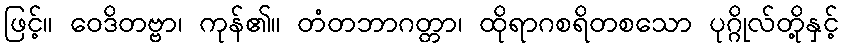
ဖြင့်။ ဝေဒိတဗ္ဗာ၊ ကုန်၏။ တံတဘာဂတ္တာ၊ ထိုရာဂစရိတစသော ပုဂ္ဂိုလ်တို့နှင့်